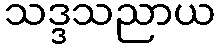
သဒ္ဒသညာယ